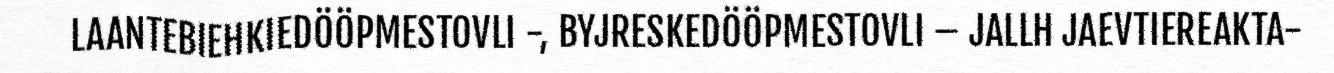
LAANTEBIEHKIEDÖÖPMESTOVLI -, BYJRESKEDÖÖPMESTOVLI – JALLH JAEVTIEREAKTA-